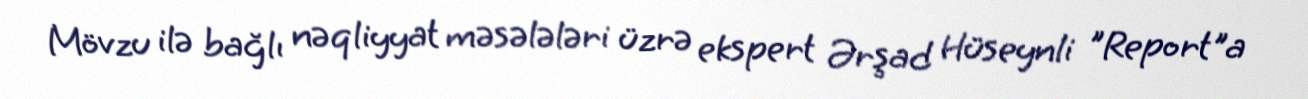
Mövzu ilə bağlı nəqliyyat məsələləri üzrə ekspert Ərşad Hüseynli "Report"a